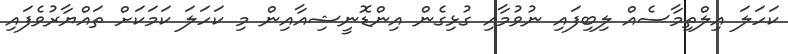
ކަހަލަ އިލްތިމާސެއް ލިބިފައި ނުވުމާއި ގުޅިގެން އިންޑޮނީޝިއާއިން މި ކަހަލަ ކަމަކަށް ތައްޔާރުވެފައި